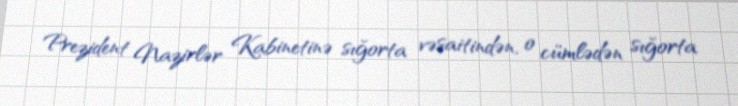
Prezident Nazirlər Kabinetinə sığorta vəsaitindən, o cümlədən sığorta